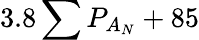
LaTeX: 3.8\sum P_{A_{N}}+85